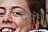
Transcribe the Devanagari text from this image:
दुमों